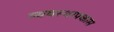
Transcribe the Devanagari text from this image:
व्यवस्थापकास